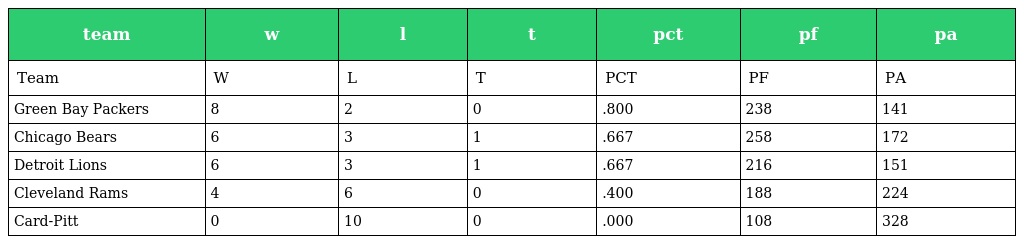
| team | w | l | t | pct | pf | pa |
 | --- | --- | --- | --- | --- | --- | --- |
 | Team | W | L | T | PCT | PF | PA |
 | Green Bay Packers | 8 | 2 | 0 | .800 | 238 | 141 |
 | Chicago Bears | 6 | 3 | 1 | .667 | 258 | 172 |
 | Detroit Lions | 6 | 3 | 1 | .667 | 216 | 151 |
 | Cleveland Rams | 4 | 6 | 0 | .400 | 188 | 224 |
 | Card-Pitt | 0 | 10 | 0 | .000 | 108 | 328 |